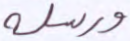
ورسله